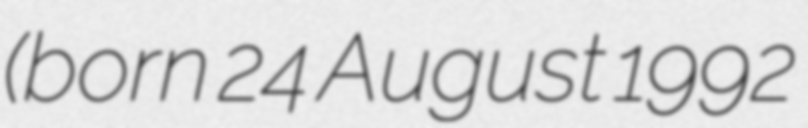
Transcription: (born 24 August 1992